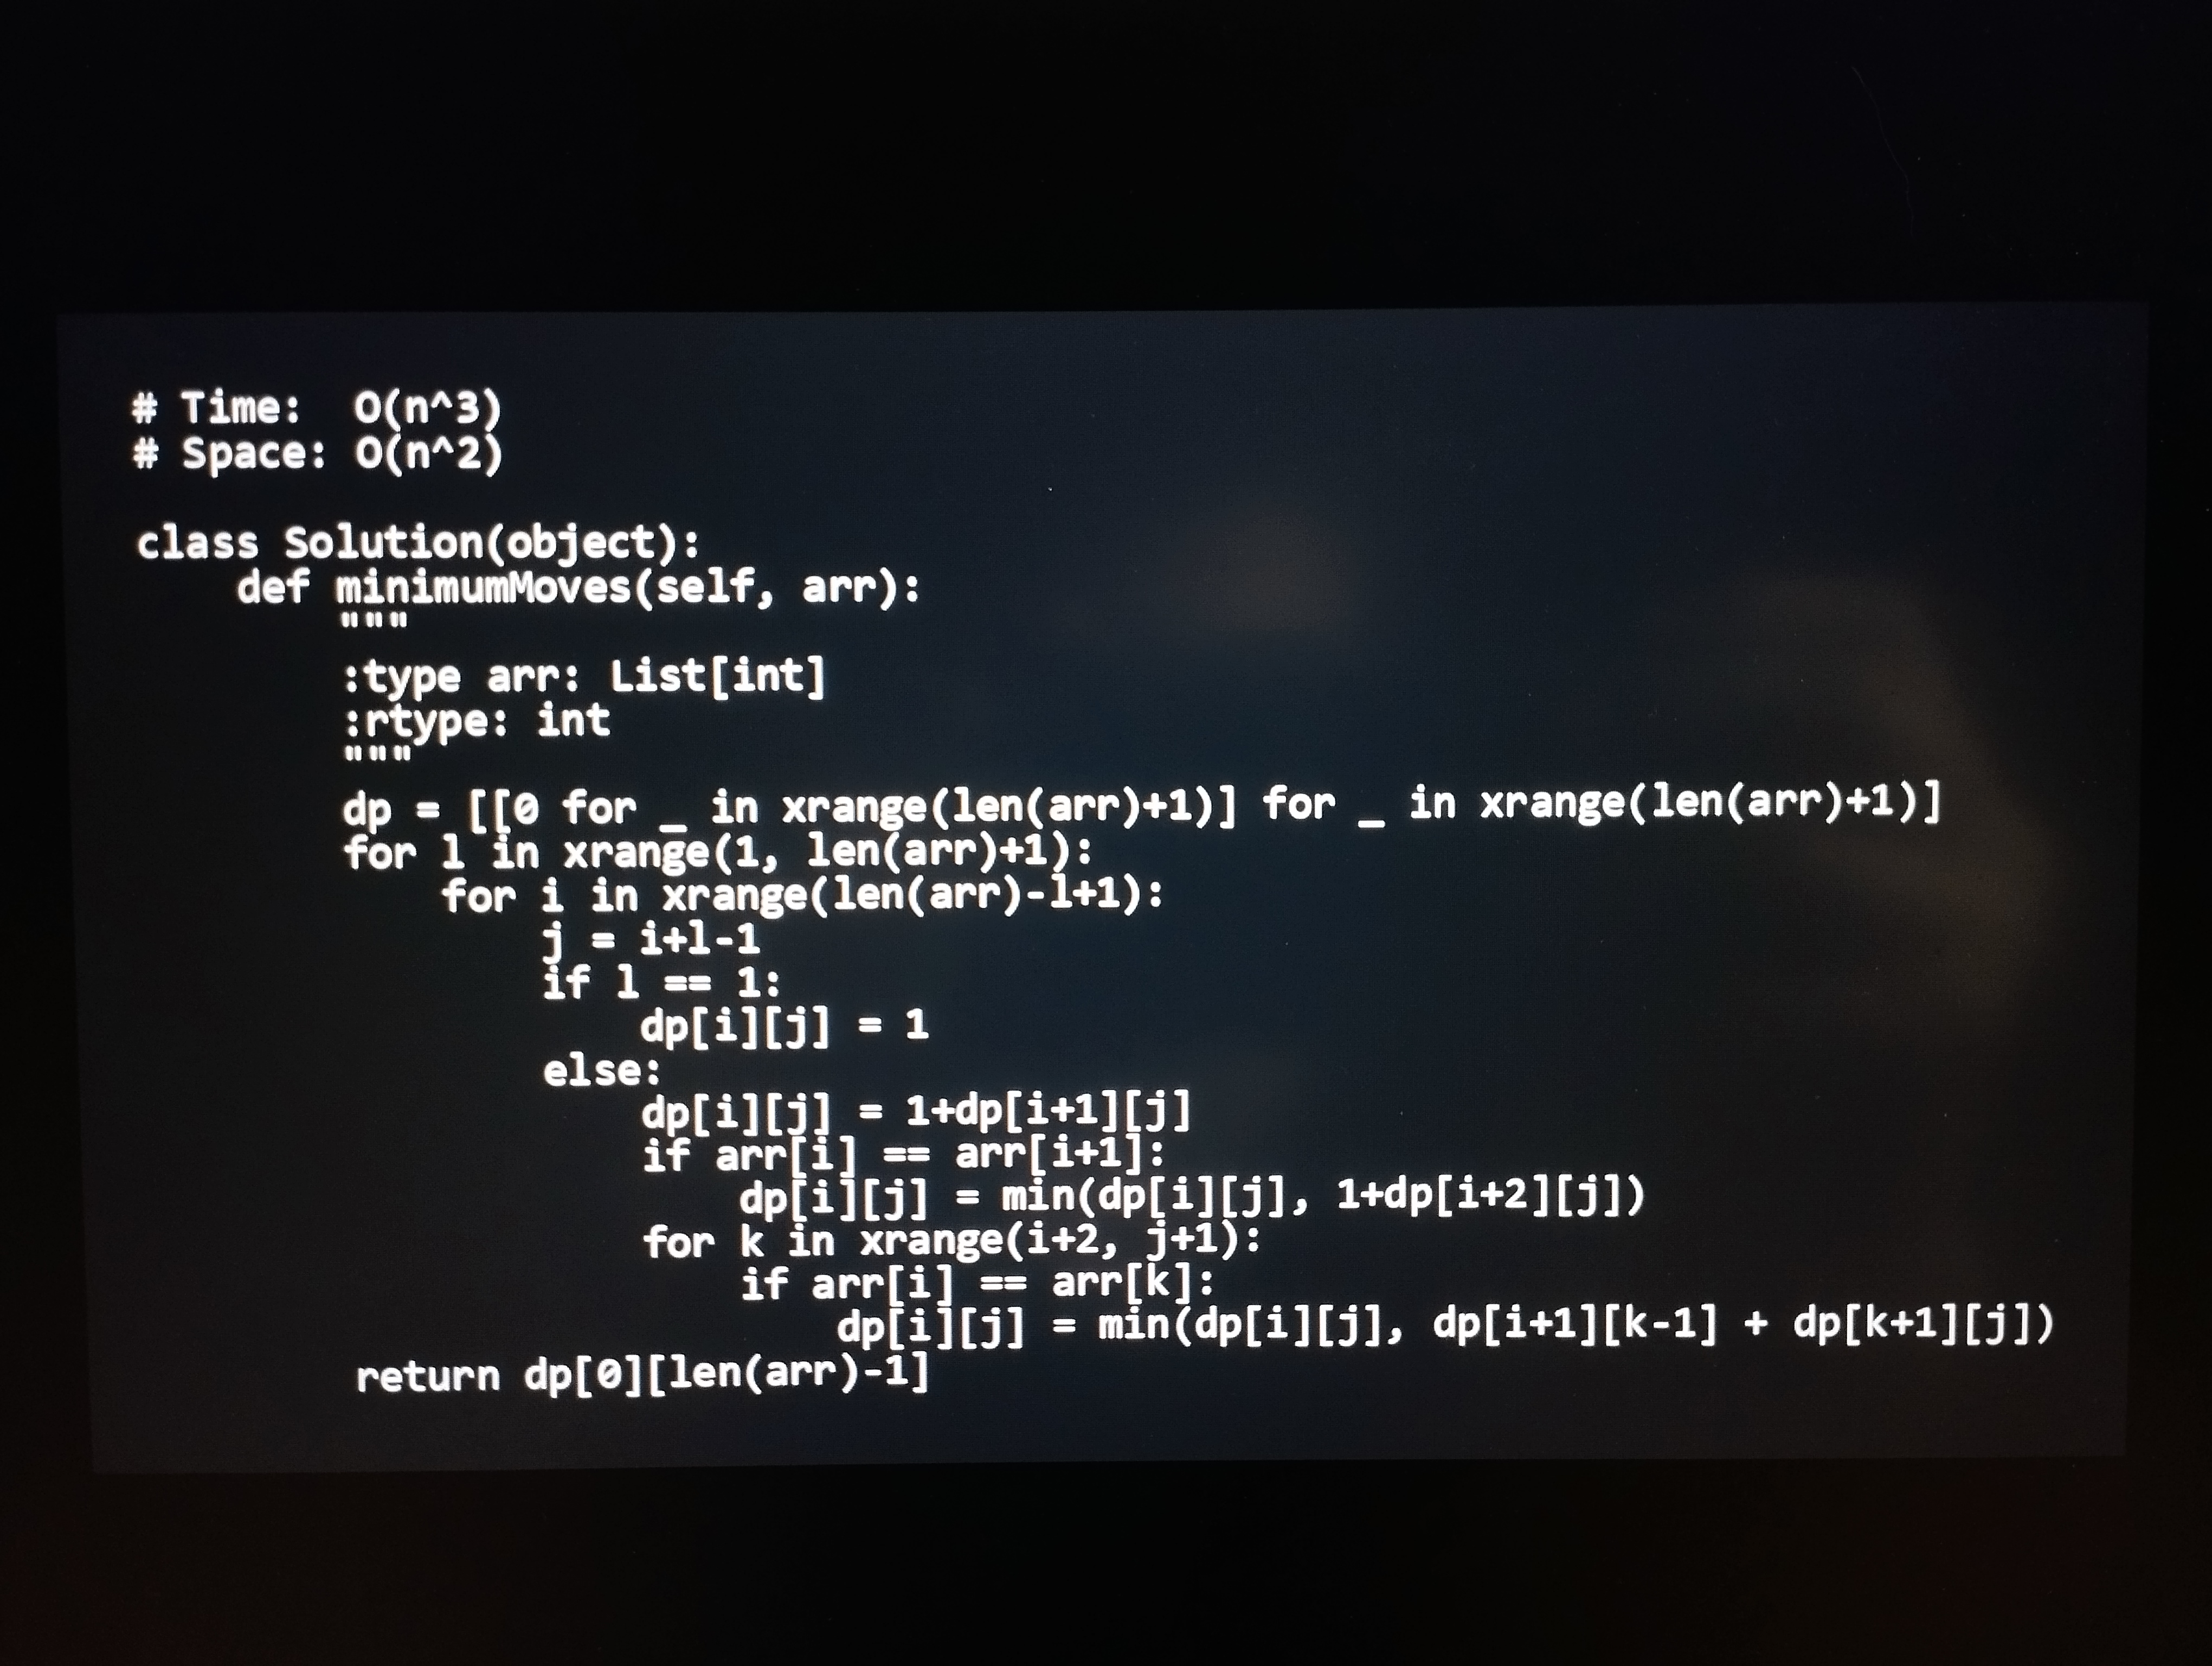
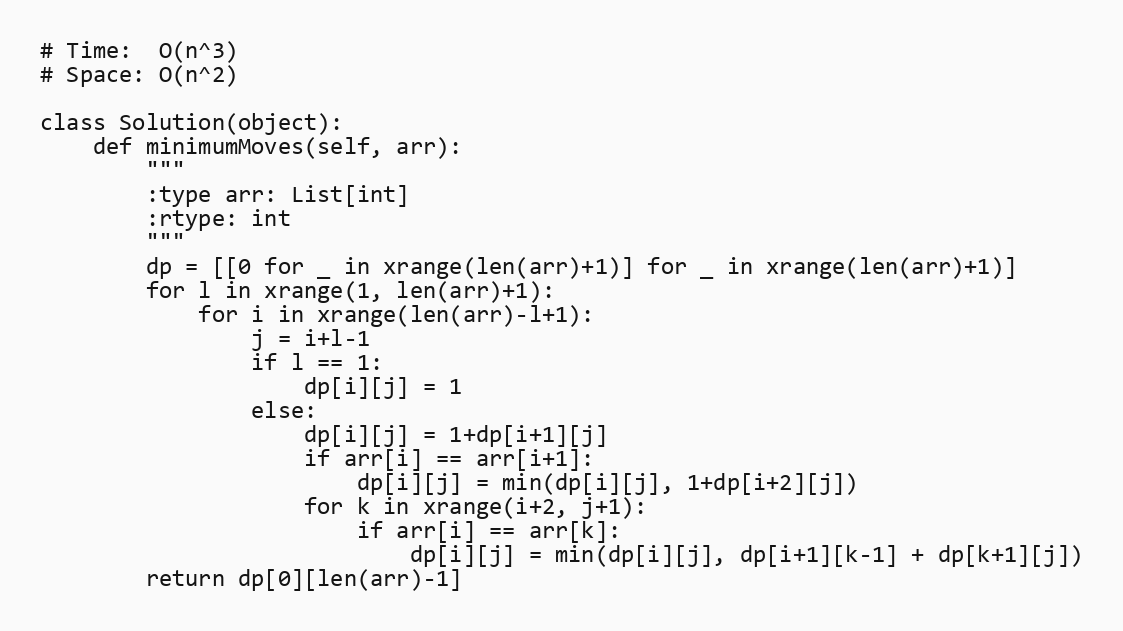
# Time:  O(n^3)
# Space: O(n^2)

class Solution(object):
    def minimumMoves(self, arr):
        """
        :type arr: List[int]
        :rtype: int
        """
        dp = [[0 for _ in xrange(len(arr)+1)] for _ in xrange(len(arr)+1)]
        for l in xrange(1, len(arr)+1):
            for i in xrange(len(arr)-l+1):
                j = i+l-1
                if l == 1:
                    dp[i][j] = 1
                else:
                    dp[i][j] = 1+dp[i+1][j]
                    if arr[i] == arr[i+1]:
                        dp[i][j] = min(dp[i][j], 1+dp[i+2][j])
                    for k in xrange(i+2, j+1):
                        if arr[i] == arr[k]:
                            dp[i][j] = min(dp[i][j], dp[i+1][k-1] + dp[k+1][j])
        return dp[0][len(arr)-1]